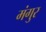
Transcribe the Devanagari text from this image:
मंगुर